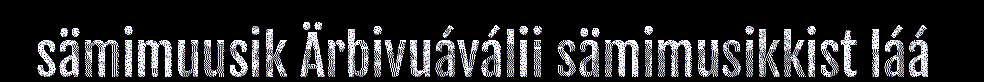
sämimuusik Ärbivuáválii sämimusikkist láá